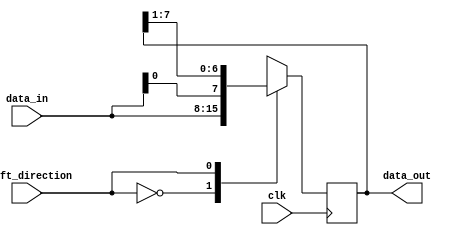
module shift_register (
  input wire clk,
  input wire shift_direction,
  input wire [7:0] data_in,
  output reg [7:0] data_out
);

reg [7:0] shift_reg;

always @ (posedge clk) begin
  case (shift_direction)
    1'b0: shift_reg <= {shift_reg[6:0], data_in};
    1'b1: shift_reg <= {data_in, shift_reg[7:1]};
  endcase
end

assign data_out = shift_reg;

endmodule